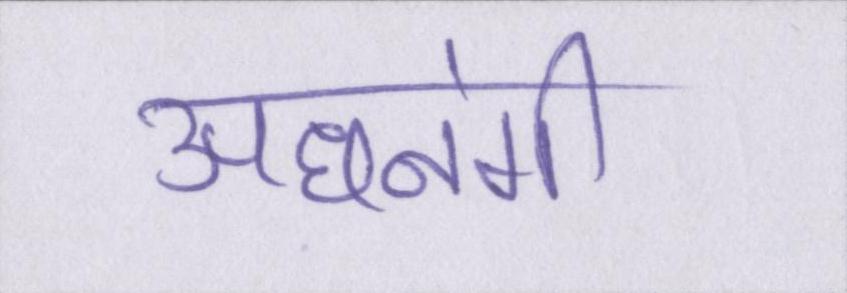
अधनंगी